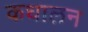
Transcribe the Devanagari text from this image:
कधालन